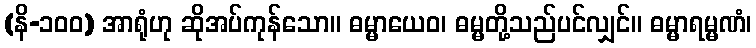
(နိ-၁၀၀) အာရုံဟု ဆိုအပ်ကုန်သော။ ဓမ္မာယေဝ၊ ဓမ္မတို့သည်ပင်လျှင်။ ဓမ္မာရမ္မဏံ၊